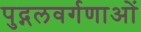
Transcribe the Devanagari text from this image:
पुद्गलवर्गणाओं